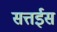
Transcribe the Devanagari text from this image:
सत्तईस